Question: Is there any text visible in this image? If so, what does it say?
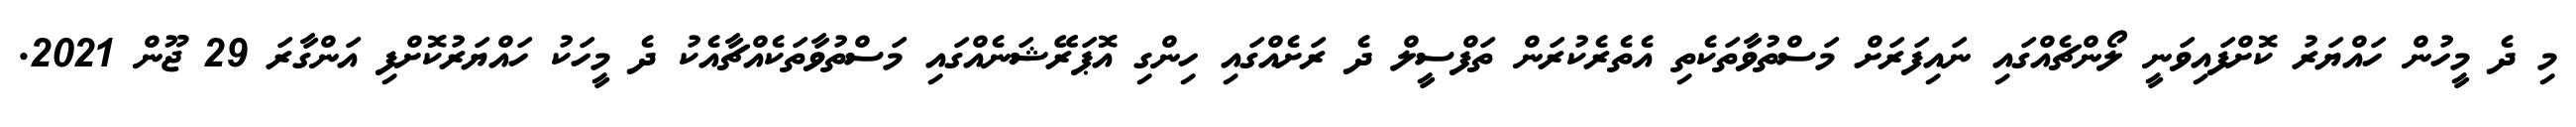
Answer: މި ދެ މީހުން ހައްޔަރު ކޮށްފައިވަނީ ލޯންޗެއްގައި ނައިފަރަށް މަސްތުވާތަކެތި އެތެރެކުރަން ތަފްސީލް ދެ ރަށެއްގައި ހިންގި އޮޕަރޭޝަނެއްގައި މަސްތުވާތަކެއްޗާއެކު ދެ މީހަކު ހައްޔަރުކޮށްފި އަންގާރަ 29 ޖޫން 2021.